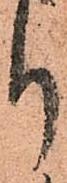
り